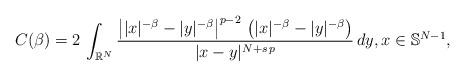
LaTeX: \begin{align*}C(\beta)=2\,\int_{\mathbb{R}^N} \frac{\left||x|^{-\beta}-|y|^{-\beta}\right|^{p-2}\,\left(|x|^{-\beta}-|y|^{-\beta}\right)}{|x-y|^{N+s\,p}}\, dy,x\in\mathbb{S}^{N-1},\end{align*}